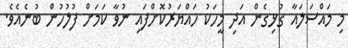
މި މައްސަލައާ ގުޅިގެން އަދި މީހަކު ހައްޔަރުކޮށްފައި ނުވާ ކަމަށް ފުލުހުން ބުނެއެވެ.